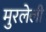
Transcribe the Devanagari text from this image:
मुरलेली